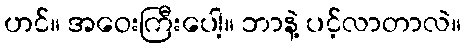
ဟင်။ အဝေးကြီးပေါ့။ ဘာနဲ့ ပင့်လာတာလဲ။